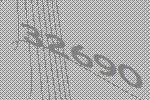
32690